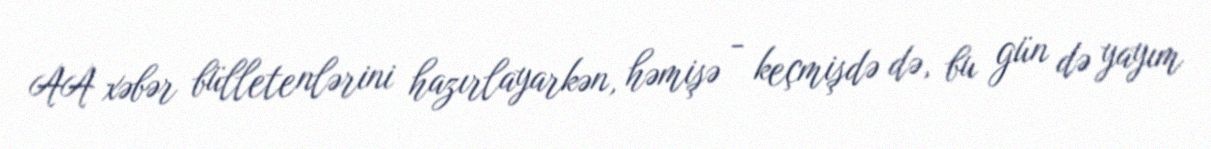
AA xəbər bülletenlərini hazırlayarkən, həmişə - keçmişdə də, bu gün də yayım